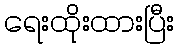
ရေးထိုးထားပြီး